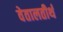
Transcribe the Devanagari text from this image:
वेतालतीर्थ